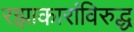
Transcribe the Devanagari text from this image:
रझाकारांविरुद्ध